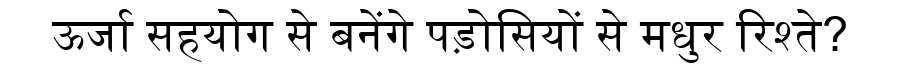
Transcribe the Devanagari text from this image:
ऊर्जा सहयोग से बनेंगे पड़ोसियों से मधुर रिश्ते?